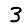
Digit: 3